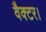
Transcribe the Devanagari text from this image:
वैक्टर।